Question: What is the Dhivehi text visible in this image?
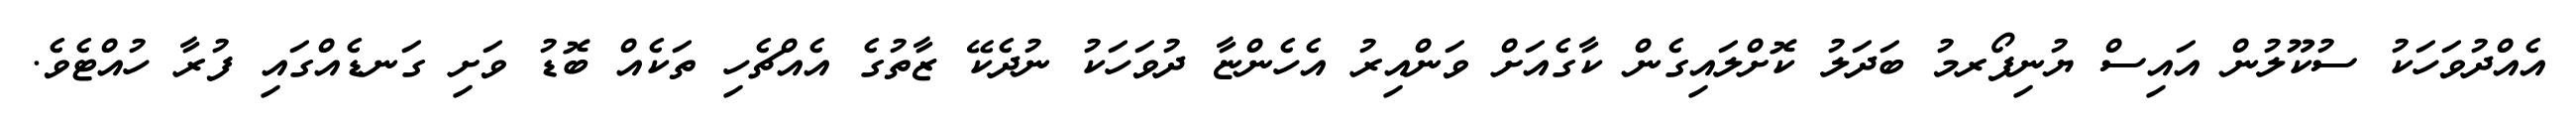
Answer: އެއްދުވަހަކު ސުކޫލުން އައިސް ޔުނިފޯރމު ބަދަލު ކޮށްލައިގެން ކާގެއަށް ވަންއިރު އެހެންޏާ ދުވަހަކު ނުދެކޭ ޒާތުގެ އެއްޗެހި ތަކެއް ބޮޑު ވަށި ގަނޑެއްގައި ފުރާ ހުއްޓެވެ.